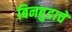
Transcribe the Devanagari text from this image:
बिनबुडाचे